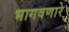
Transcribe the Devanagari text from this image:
भागवणारे